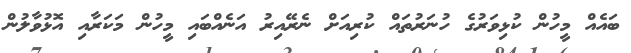
ބައެއް މީހުން ކުޅިވަރުގެ ހުނަރުތައް ކުރިއަށް ނެރޭއިރު އަނެއްބައި މީހުން މަކަރާއި އޮޅުވާލުން